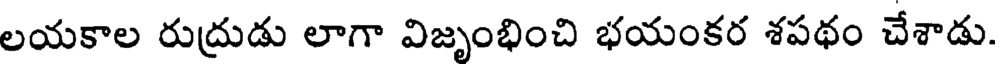
లయకాల రుద్రుడు లాగా విజృంభించి భయంకర శపథం చేశాడు.